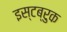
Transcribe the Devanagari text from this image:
इस्टब्रुक